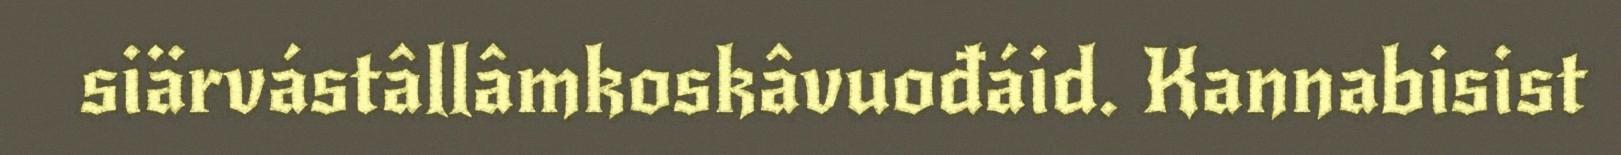
siärvástâllâmkoskâvuođáid. Kannabisist